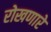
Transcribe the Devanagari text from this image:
रोखणारे